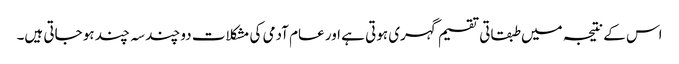
اس کے نتیجہ میں طبقاتی تقسیم گہری ہوتی ہے اور عام آدمی کی مشکلات دو چند سہ چند ہو جاتی ہیں۔